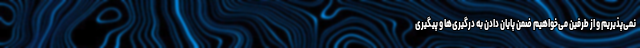
نمی‌پذیریم و از طرفین می‌خواهیم ضمن پایان دادن به درگیری‌ها و پیگیری